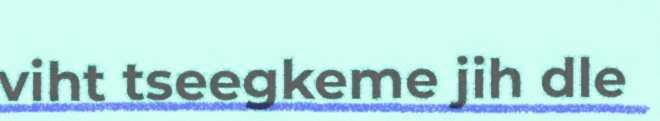
viht tseegkeme jih dle